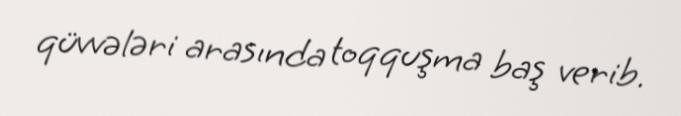
qüvvələri arasında toqquşma baş verib.